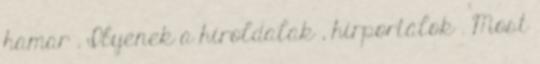
hamar . Ilyenek a híroldalak , hírportálok . Most